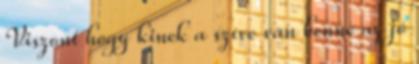
Viszont hogy kinek a szíve van benne az jó